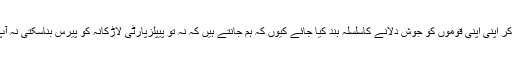
لہذا یہ ایک دوسرے کو چور کہہ کر اپنی اپنی قوموں کو جوش دلانے کاسلسلہ بند کیا جائے کیوں کہ ہم جانتے ہیں کہ نہ تو پیپلزپارٹی لاڑکانہ کو پیرس بناسکتی نہ آپ کراچی کو اس کا حق دلواسکتے۔